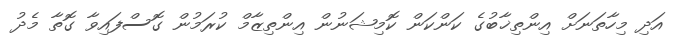
އަދި މިހާތަނަށް އިންތިޚާބުގެ ކަންކަން ކޮމިޝަނުން އިންތިޒާމް ކުރަމުން ގޮސްފައިވާ ގޮތާ މެދު